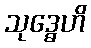
သုဒ္ဓေဟိ